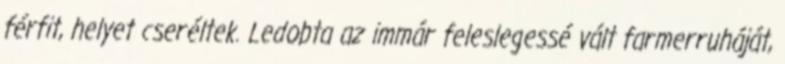
férfit, helyet cseréltek. Ledobta az immár feleslegessé vált farmerruháját,